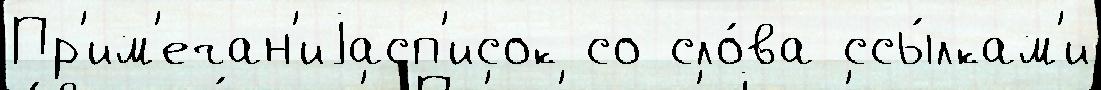
Пр'им'ечан'иjасп'исок со сло́ва ссы́лкам'и